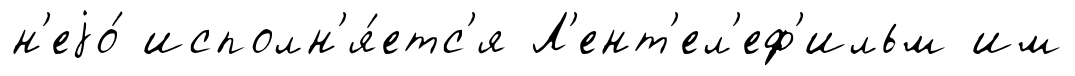
н'еjо́ исполн'я́етс'я Л'ент'ел'еф'ильм им